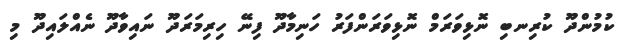
ކުމުންދޫ ކުރިނބި ނޮޅިވަރަމް ނޮޅިވަރަންފަރު ހަނިމާދޫ ފިނޭ ހިރިމަރަދޫ ނައިވާދޫ ނެއްލައިދޫ މި